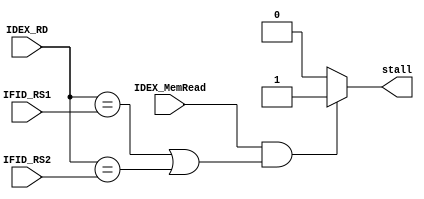
`timescale 1ns / 1ps
//////////////////////////////////////////////////////////////////////////////////
// Company: 
// Engineer: 
// 
// Design Name: 
// Module Name: Hazard_Detection_Unit
// Project Name: 
// Target Devices: 
// Tool Versions: 
// Description: 
// 
// Dependencies: 
// 
// Revision:
// Revision 0.01 - File Created
// Additional Comments:
// 
//////////////////////////////////////////////////////////////////////////////////

module Hazard_Detection(
    input [4:0] IFID_RS1, IFID_RS2, IDEX_RD,
    input IDEX_MemRead,
    output reg stall // IFID_Write, PC_Write, IDEX_MuxOut,
    );

always @(*) begin
    if (IDEX_MemRead && (IDEX_RD == IFID_RS1 || IDEX_RD == IFID_RS2)) begin
        stall = 1; // IDEX_MuxOut = 1; IFID_Write = 0; PC_Write = 0; 
    end
    else begin
        stall = 0; // IDEX_MuxOut = 0; IFID_Write = 1; PC_Write = 1; 
    end
end
endmodule